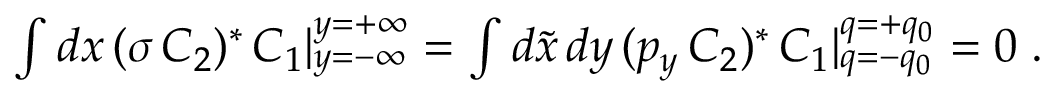
\textstyle { \int } \, d x \, ( \sigma \, C _ { 2 } ) ^ { \ast } \, C _ { 1 } \vert _ { y = - \infty } ^ { y = + \infty } = \textstyle { \int } \, d \tilde { x } \, d y \, ( p _ { y } \, C _ { 2 } ) ^ { \ast } \, C _ { 1 } \vert _ { q = - q _ { 0 } } ^ { q = + q _ { 0 } } = 0 \; .